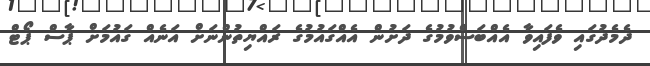
ދެމެދުގައި ވެފައިވާ އެއްބަސްވުމުގެ ދަށުން އެއްގައުމުގެ ރައްޔިތުންނަށް އަނެއް ގައުމަށް ޕާސް ޕޯޓް